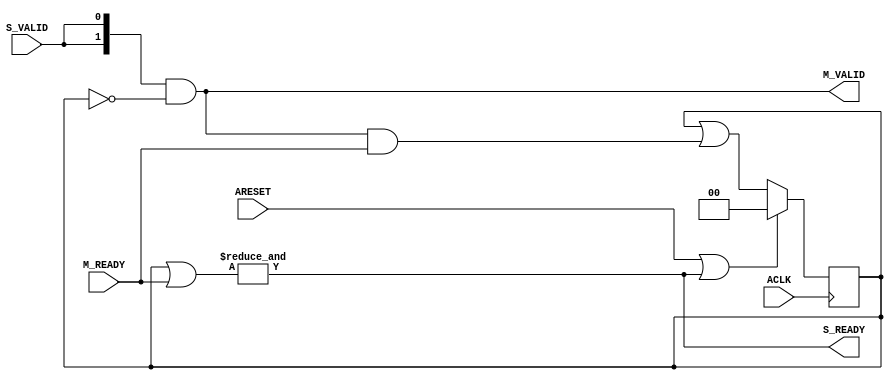
module axi_crossbar_v2_1_9_splitter #
  (
   parameter integer C_NUM_M = 2  // Number of master ports = [2:16]
   )
  (
   // Global Signals
   input  wire                             ACLK,
   input  wire                             ARESET,
   // Slave  Port
   input  wire                             S_VALID,
   output wire                             S_READY,
   // Master Ports
   output wire [C_NUM_M-1:0]               M_VALID,
   input  wire [C_NUM_M-1:0]               M_READY
   );

   reg  [C_NUM_M-1:0] m_ready_d;
   wire               s_ready_i;
   wire [C_NUM_M-1:0] m_valid_i;

   always @(posedge ACLK) begin
      if (ARESET | s_ready_i) m_ready_d <= {C_NUM_M{1'b0}};
      else                    m_ready_d <= m_ready_d | (m_valid_i & M_READY);
   end

   assign s_ready_i = &(m_ready_d | M_READY);
   assign m_valid_i = {C_NUM_M{S_VALID}} & ~m_ready_d;
   assign M_VALID = m_valid_i;
   assign S_READY = s_ready_i;

endmodule